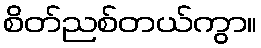
စိတ်ညစ်တယ်ကွာ။